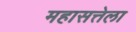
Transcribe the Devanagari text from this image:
महासत्तेला